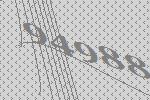
94988